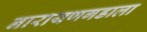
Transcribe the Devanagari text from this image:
नारायणगडाला